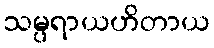
သမ္ပရာယဟိတာယ